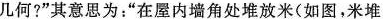
几何?”其意思为”在屋内墙角处堆放米(如图，米堆